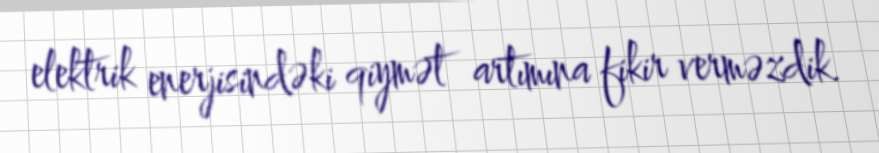
elektrik enerjisindəki qiymət artımına fikir verməzdik.